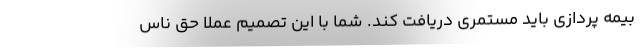
بیمه پردازی باید مستمری دریافت کند. شما با این تصمیم عملا حقِ ناس